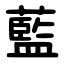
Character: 藍